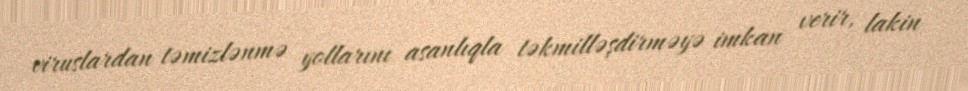
viruslardan təmizlənmə yollarını asanlıqla təkmilləşdirməyə imkan verir, lakin